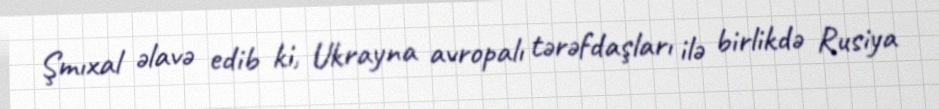
Şmıxal əlavə edib ki, Ukrayna avropalı tərəfdaşları ilə birlikdə Rusiya